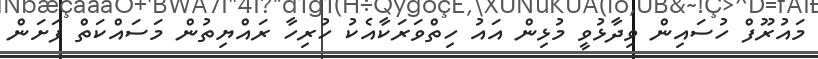
މައުރޫފް ހުސައިން ވިދާޅުވީ މުޅިން އައު ހިތްވަރަކާއެކު ހުރިހާ ރައްޔިތުން މަސައްކަތް ފަށަން